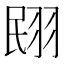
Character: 𮊼